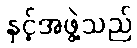
နှင့်အဖွဲ့သည်